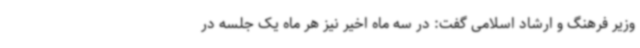
وزیر فرهنگ و ارشاد اسلامی گفت: در سه ماه اخیر نیز هر ماه یک جلسه در